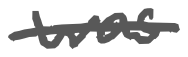
Text: was
Cross-out: single-line
Writing tool: digital_gray